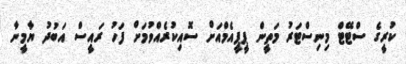
ކުރީގެ ސްޓޭޓް މިނިސްޓަރު މަތީން ޕީޕީއެމްއަށް ސޮއިކުރެއްވުމަށް ފަހު ރައީސް އަބުދު ޔާމީނާ